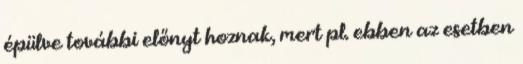
épülve további előnyt hoznak, mert pl. ebben az esetben